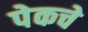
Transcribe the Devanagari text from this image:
पेकचे